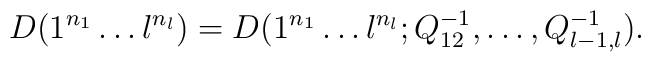
D(1^{n_1} \ldots l^{n_l})  = D(1^{n_1} \ldots l^{n_l}; Q_{12}^{-1}, \ldots, Q_{l - 1, l}^{-1}).